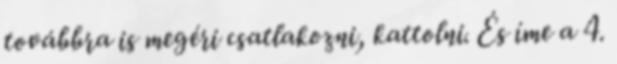
továbbra is megéri csatlakozni, kattolni. És íme a 4.